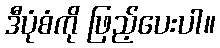
ဒီပုံစံကို ဖြည့်ပေးပါ။